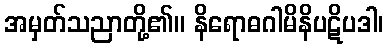
အမှတ်သညာတို့၏။ နိရောဓဂါမိနိပဋိပဒါ၊